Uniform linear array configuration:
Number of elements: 12
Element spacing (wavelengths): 0.25
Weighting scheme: hann
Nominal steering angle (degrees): -60
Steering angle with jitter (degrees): -58.189
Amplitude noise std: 0.05
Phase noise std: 0.05

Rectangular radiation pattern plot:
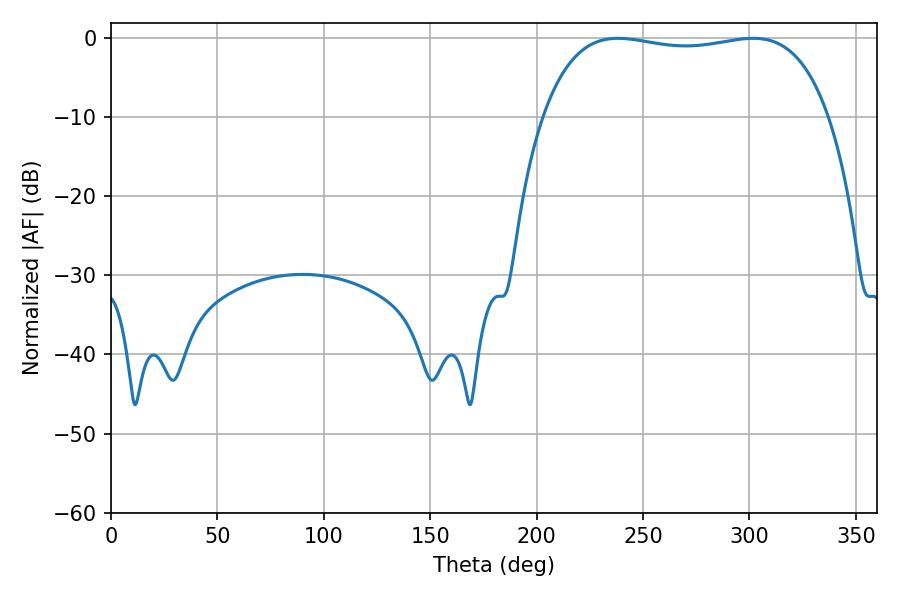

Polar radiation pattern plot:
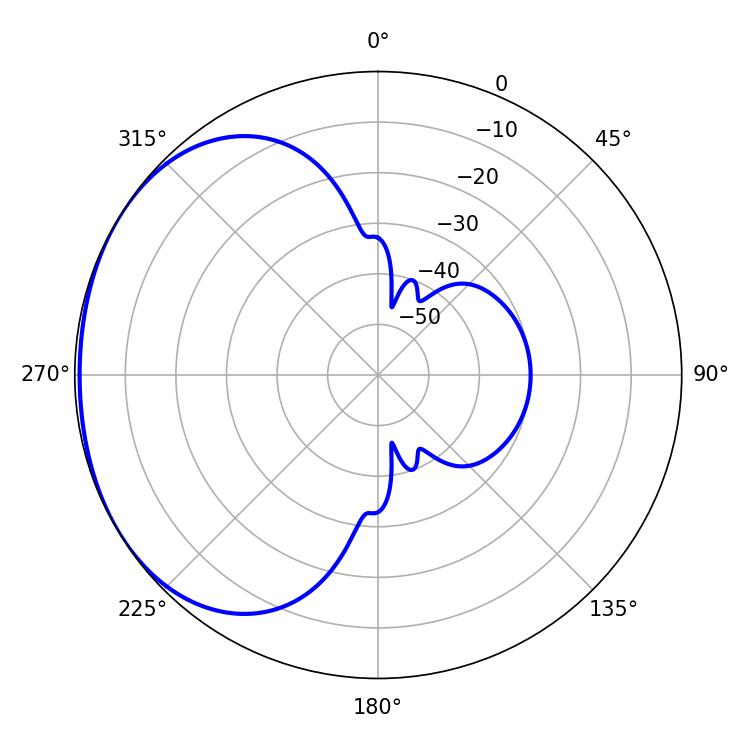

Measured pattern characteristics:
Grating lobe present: FALSE
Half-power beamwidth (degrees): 108
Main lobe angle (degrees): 238.14